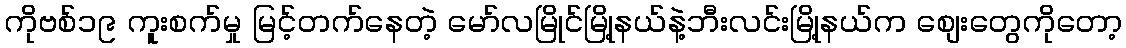
ကိုဗစ်၁၉ ကူးစက်မှု မြင့်တက်နေတဲ့ မော်လမြိုင်မြို့နယ်နဲ့ဘီးလင်းမြို့နယ်က စျေးတွေကိုတော့